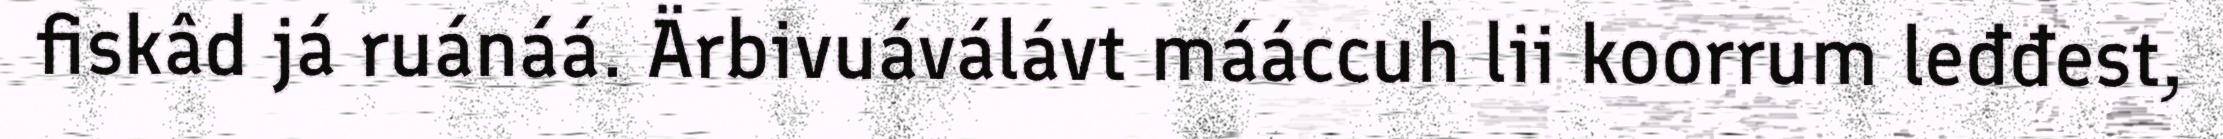
fiskâd já ruánáá. Ärbivuáválávt mááccuh lii koorrum leđđest,